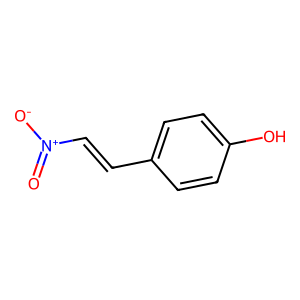
SMILES: O=[N+]([O-])C=Cc1ccc(O)cc1
Inhibits HIV replication: No